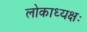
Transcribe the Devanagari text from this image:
लोकाध्यक्षः